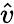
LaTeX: \hat{v}